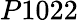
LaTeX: P1022